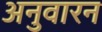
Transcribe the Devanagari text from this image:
अनुवारन